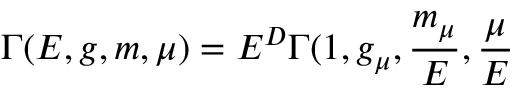
\Gamma ( E , g , m , \mu ) = E ^ { D } \Gamma ( 1 , g _ { \mu } , \frac { m _ { \mu } } { E } , \frac { \mu } { E }